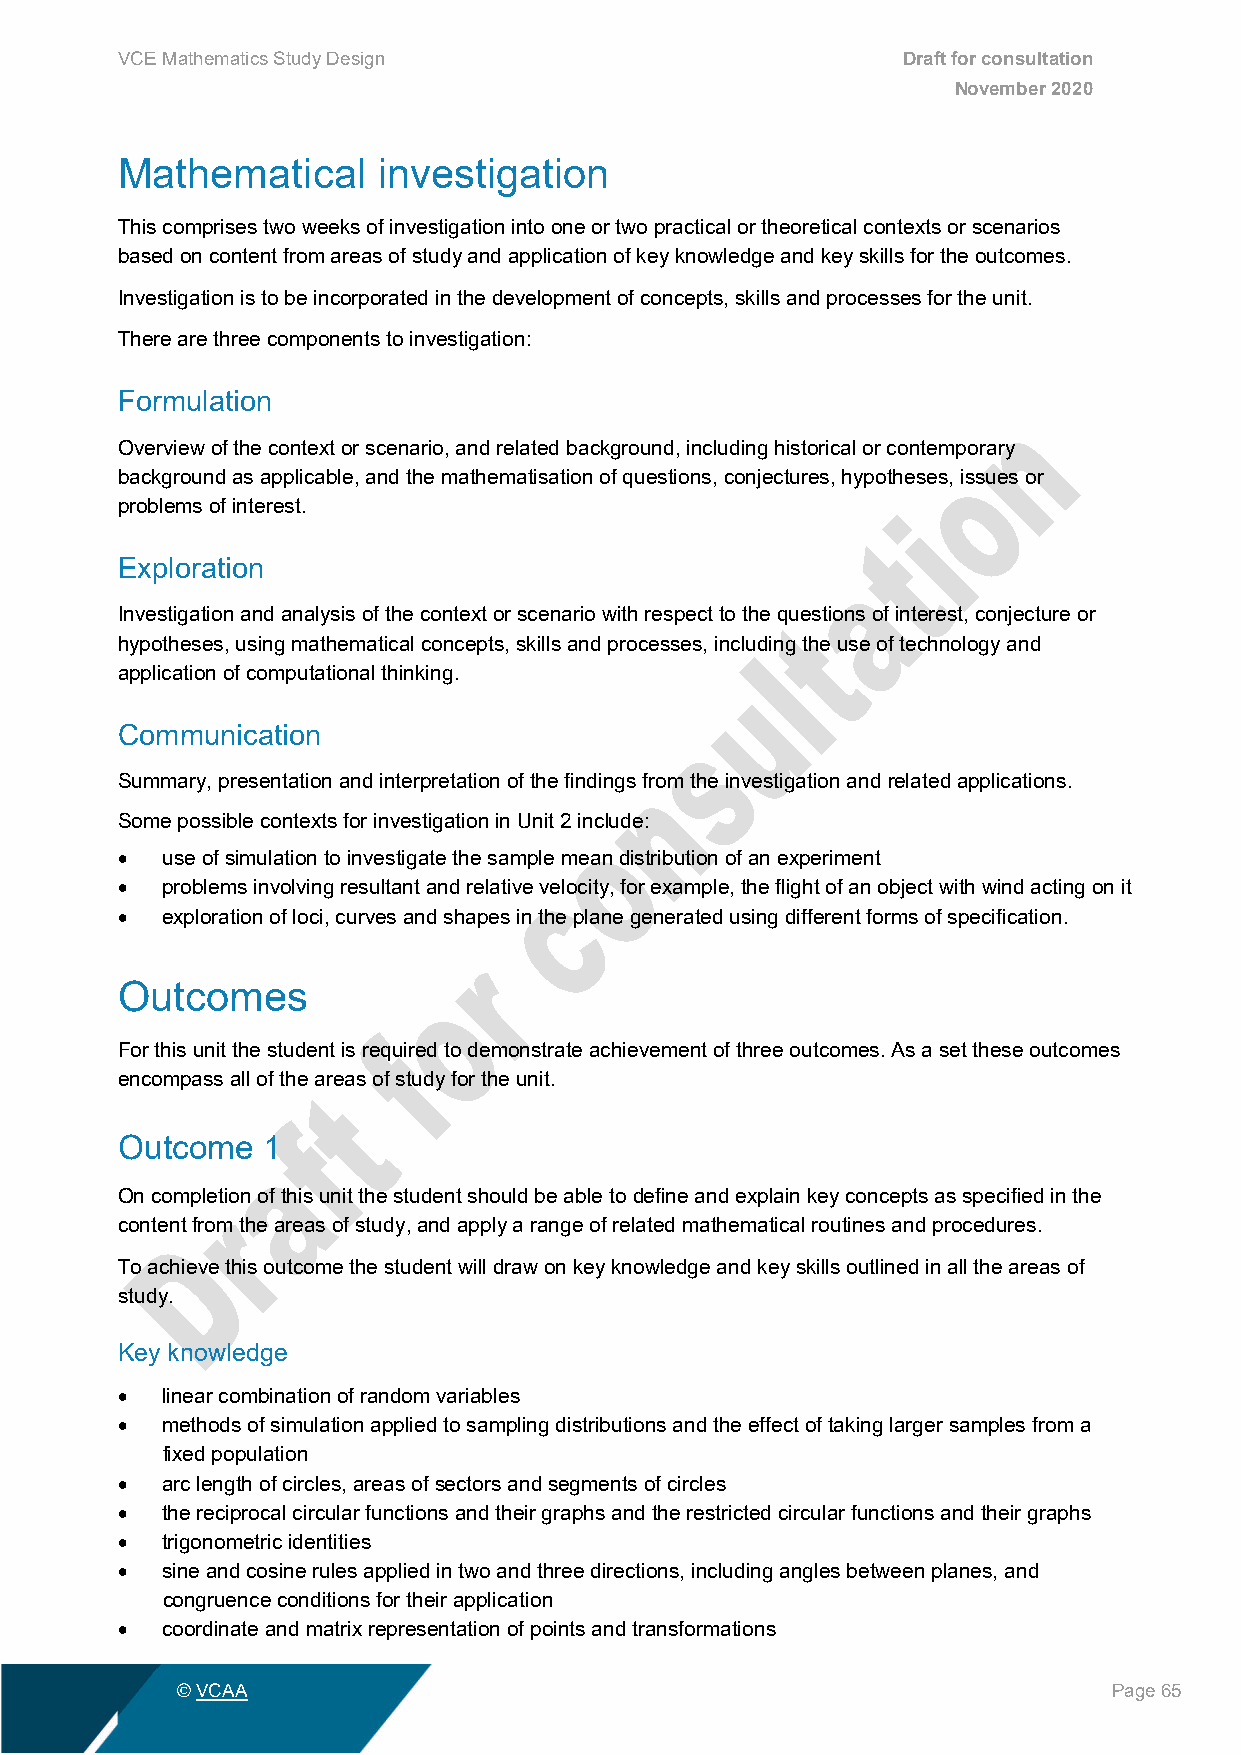
VCE Mathematics Study Design                        Draft for consultation
 November 2020
 Mathematical     investigation
 This comprises two weeks of investigation into one or two practical or theoretical contexts or scenarios
 based on content from areas of study and application of key knowledge and key skills for the outcomes.
 Investigation is to be incorporated in the development of concepts, skills and processes for the unit.
 There are three components to investigation:
 Formulation
 Overview of the context or scenario, and related background, including historical or contemporary
 background as applicable, and the mathematisation of questions, conjectures, hypotheses, issues or
 problems of interest.
 Exploration
 Investigation and analysis of the context or scenario with respect to the questions of interest, conjecture or
 hypotheses, using mathematical concepts, skills and processes, including the use of technology and
 application of computational thinking.
 Communication
 Summary, presentation and interpretation of the findings from the investigation and related applications.
 Some possible contexts for investigation in Unit 2 include:
 •  use of simulation to investigate the sample mean distribution of an experiment
 •  problems involving resultant and relative velocity, for example, the flight of an object with wind acting on it
 •  exploration of loci, curves and shapes in the plane generated using different forms of specification.
 Outcomes
 For this unit the student is required to demonstrate achievement of three outcomes. As a set these outcomes
 encompass all of the areas of study for the unit.
 Outcome  1
 On completion of this unit the student should be able to define and explain key concepts as specified in the
 content from the areas of study, and apply a range of related mathematical routines and procedures.
 To achieve this outcome the student will draw on key knowledge and key skills outlined in all the areas of
 study.
 Key knowledge
 •  linear combination of random variables
 •  methods of simulation applied to sampling distributions and the effect of taking larger samples from a
 fixed population
 •  arc length of circles, areas of sectors and segments of circles
 •  the reciprocal circular functions and their graphs and the restricted circular functions and their graphs
 •  trigonometric identities
 •  sine and cosine rules applied in two and three directions, including angles between planes, and
 congruence conditions for their application
 •  coordinate and matrix representation of points and transformations
 © VCAA                                                        Page 65